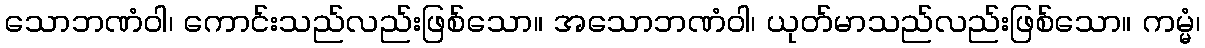
သောဘဏံဝါ၊ ကောင်းသည်လည်းဖြစ်သော။ အသောဘဏံဝါ၊ ယုတ်မာသည်လည်းဖြစ်သော။ ကမ္မံ၊